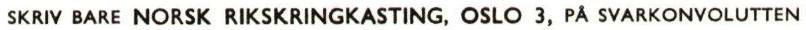
SKRIV BARE NORSK RIKSKRINGKASTING, OSLO 3, PÅ SVARKONVOLUTTEN